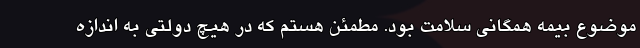
موضوع بیمه همگانی سلامت بود. مطمئن هستم که در هیچ دولتی به اندازه